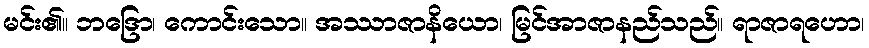
မင်း၏။ ဘဒြော၊ ကောင်းသော။ အဿာဇာနိယော၊ မြင်အာဇာနည်သည်။ ရာဇာရဟော၊